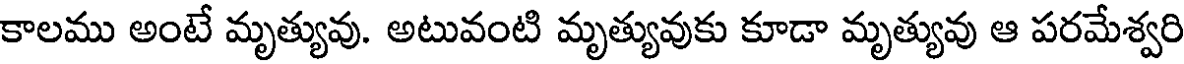
కాలము అంటే మృత్యువు. అటువంటి మృత్యువుకు కూడా మృత్యువు ఆ పరమేశ్వరి